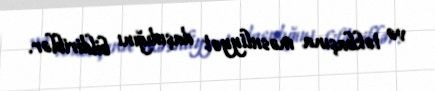
və təkbaşına məsuliyyət daşıdığını bildiriblər.